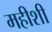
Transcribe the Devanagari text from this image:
महीशी